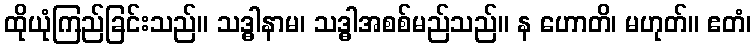
ထိုယုံကြည်ခြင်းသည်။ သဒ္ဓါနာမ၊ သဒ္ဓါအစစ်မည်သည်။ န ဟောတိ၊ မဟုတ်။ ဧတံ၊